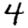
Digit: 4